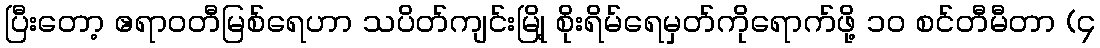
ပြီးတော့ ဧရာဝတီမြစ်ရေဟာ သပိတ်ကျင်းမြို့ စိုးရိမ်ရေမှတ်ကိုရောက်ဖို့ ၁၀ စင်တီမီတာ (၄